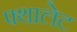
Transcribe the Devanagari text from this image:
फ्थालेट